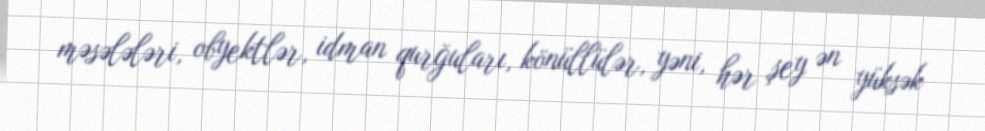
məsələləri, obyektlər, idman qurğuları, könüllülər, yəni, hər şey ən yüksək